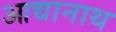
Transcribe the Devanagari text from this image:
आद्यानाथ